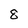
Character: 8